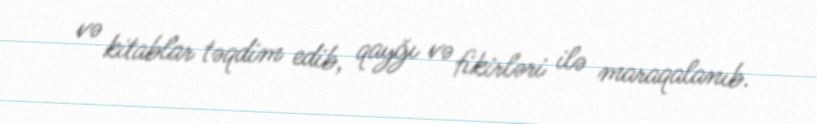
və kitablar təqdim edib, qayğı və fikirləri ilə maraqalanıb.